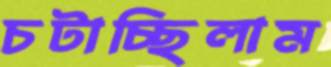
চটাচ্ছিলাম